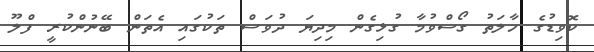
ކޮވިޑުގެ ހާލަތު ގޯސްވުމާ ގުޅިގެން މިދިޔަ ދުވަސް ތަކުގައި އެތަން ބޭނުންކުރީ ފްލޫ